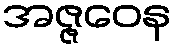
အဇ္ဇဝေန